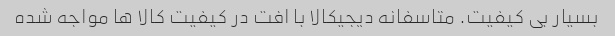
بسیار بی کیفیت. متاسفانه دیجیکالا با افت در کیفیت کالا ها مواجه شده